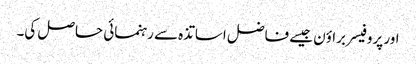
اور پروفیسر براؤن جیسے فاضل اساتذہ سے رہنمائی حاصل کی۔